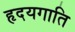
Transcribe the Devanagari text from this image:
हृदयगाति